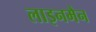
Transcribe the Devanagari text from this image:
लाइनमैन